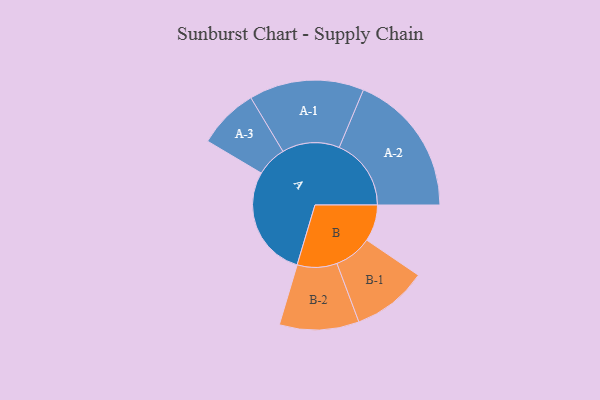
{"axis": {"x": "Segment", "y": "Value"}, "legend": ["", "A", "B"], "data": [{"x": "A", "y": 378, "type": ""}, {"x": "B", "y": 124, "type": ""}, {"x": "A-1", "y": 195, "type": "A"}, {"x": "A-2", "y": 244, "type": "A"}, {"x": "A-3", "y": 103, "type": "A"}, {"x": "B-1", "y": 128, "type": "B"}, {"x": "B-2", "y": 135, "type": "B"}]}